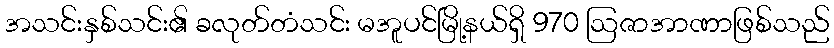
အသင်းနှစ်သင်း၏ ခလုတ်တံသင်း မအူပင်မြို့နယ်ရှိ 970 ဩဇာအာဏာဖြစ်သည်